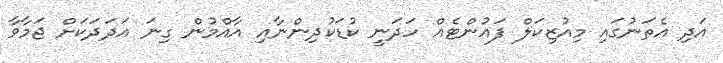
އަދި އެތަނުގައި މިއުޒިކަލް ފައުންޓެއް ހަދަނީ ކުޑަކުދިންނާއި އާއްމުން ގިނަ އަދަދަކަށް ޖަމާވާ